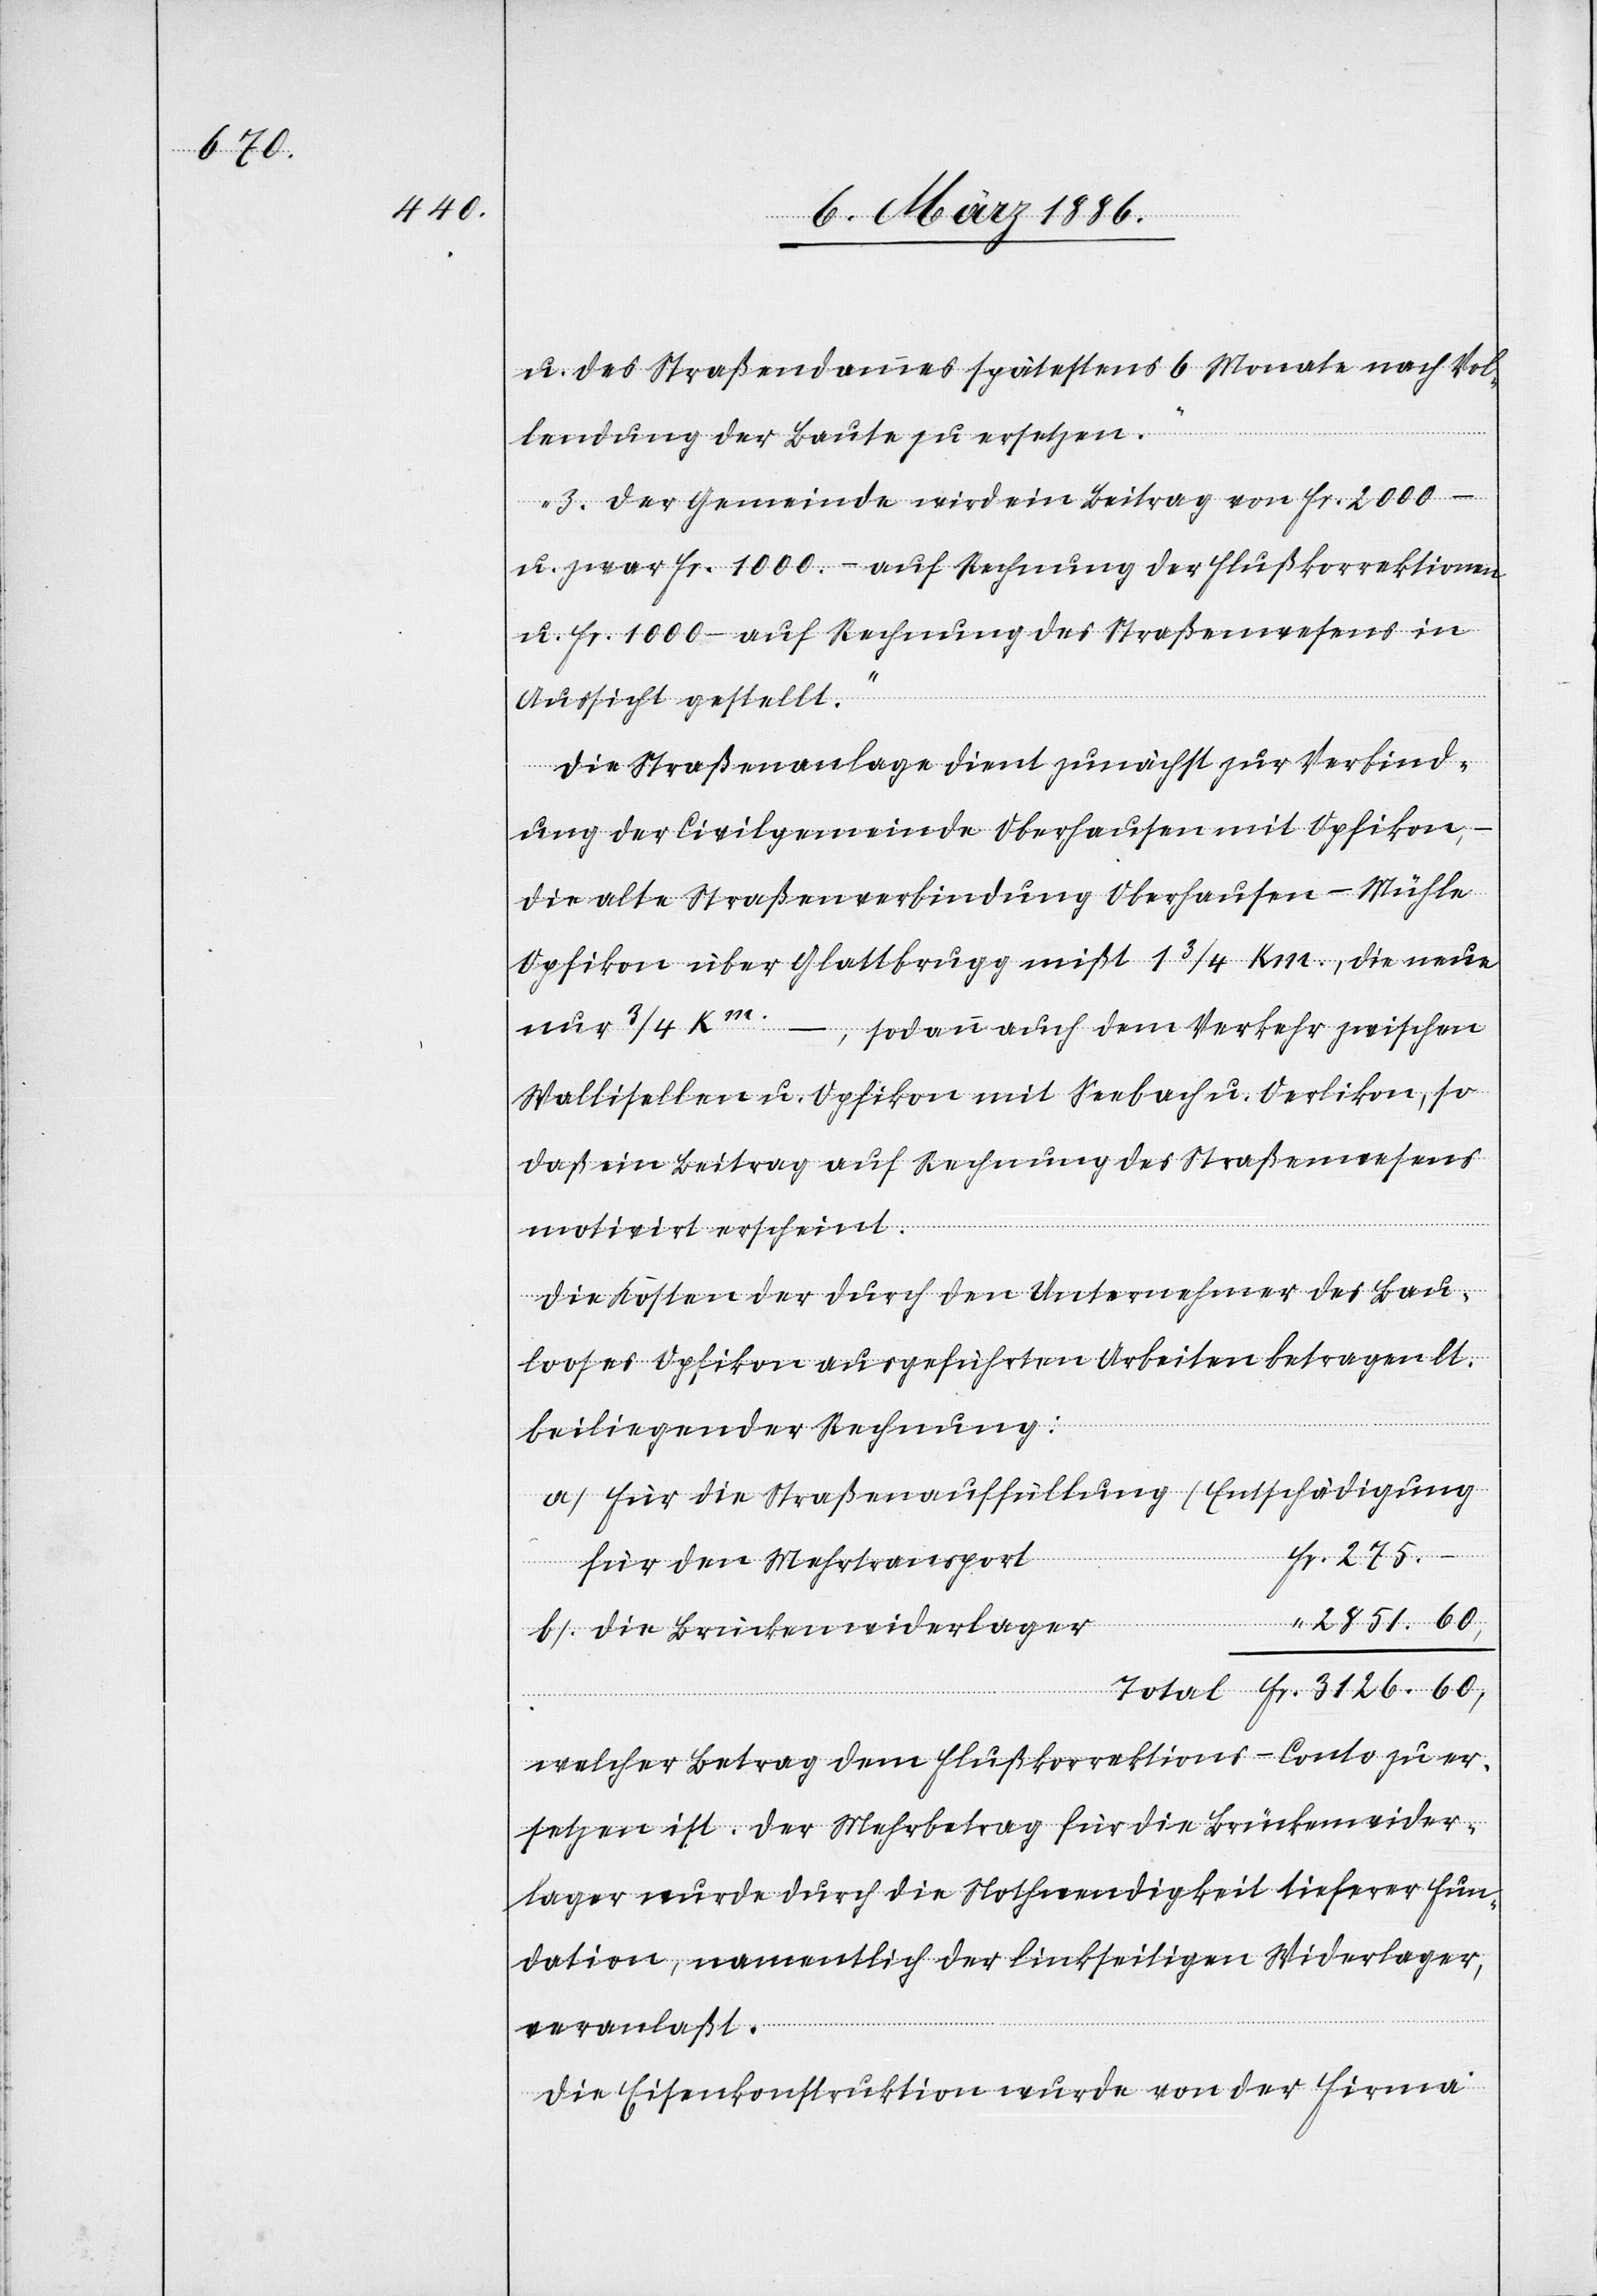
3126.

u. des Straßendammes spätestens 6 Monate nach Vol¬
lendung der Baute zu ersetzen.
–
3. Der Gemeinde wird ein Beitrag von Fr. 2000.–
u. zwar Fr. 1000.– auf Rechnung der Flußkorrektionen
u. Fr. 1000.– auf Rechnung des Straßenwesens in
Aussicht gestellt.“
Die Straßenanlage dient zunächst zur Verbind¬
ung der Civilgemeinde Oberhausen mit Opfikon,
die alte Straßenverbindung Oberhausen–Mühle
Opfikon über Glattbrugg mißt 1 1/3 Km., die neue
nur 3/4 Km. –, sodann auch dem Verkehr zwischen
Wallisellen u. Opfikon mit Seebach u. Oerlikon, so
daß ein Beitrag auf Rechnung des Straßenwesens
motiviert erscheint.
Die Kosten der durch den Unternehmer des Bau¬
looses Opfikon ausgeführten Arbeiten betragen lt.
beiliegender Rechnung:
a) Für die Straßenauffüllung (Entschädigung
für den Mehrtransport)
welcher Betrag dem Flußkorrektions-Conto zu er¬
setzen ist. Der Mehrbetrag für die Brückenwider¬
lager wurde durch die Nothwendigkeit tieferer Fun¬
dation, namentlich der linksseitigen Widerlager,
veranlaßt.
Die Eisenkonstruktion wurde von der Firma